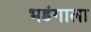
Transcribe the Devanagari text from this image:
भडंगाला